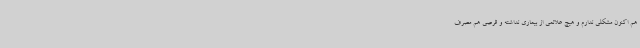
هم اکنون مشکلی ندارم و هیچ علائمی از بیماری نداشته و قرصی هم مصرف